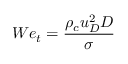
W e _ { t } = \frac { \rho _ { c } u _ { D } ^ { 2 } D } { \sigma }